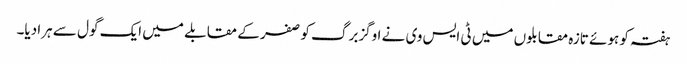
ہفتہ کو ہوئے تازہ مقابلوں میں ٹی ایس وی نے اوگزبرگ کو صفر کے مقابلے میں ایک گول سے ہرا دیا۔